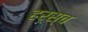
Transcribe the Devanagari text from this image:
हर्स्च